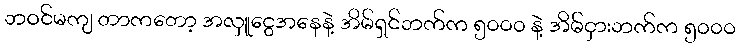
ဘဝင်မကျ တာကတော့ အလှူငွေအနေနဲ့ အိမ်ရှင်ဘက်က ၅၀၀၀ နဲ့ အိမ်ငှားဘက်က ၅၀၀၀